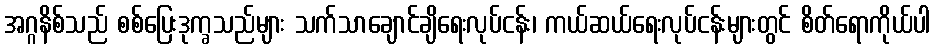
အဂ္ဂနိစ်သည် စစ်ပြေးဒုက္ခသည်များ သက်သာချောင်ချိရေးလုပ်ငန်း၊ ကယ်ဆယ်ရေးလုပ်ငန်းများတွင် စိတ်ရောကိုယ်ပါ